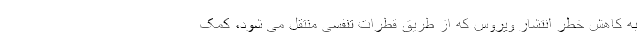
به کاهش خطر انتشار ویروس که از طریق قطرات تنفسی منتقل می شود، کمک